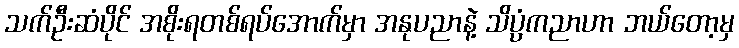
သက်ဦးဆံပိုင် အစိုးရတစ်ရပ်အောက်မှာ အနုပညာနဲ့ သိပ္ပံကညာဟာ ဘယ်တော့မှ